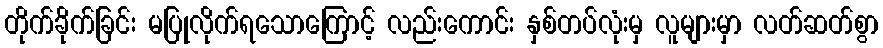
တိုက်ခိုက်ခြင်း မပြုလိုက်ရသောကြောင့် လည်းကောင်း နှစ်တပ်လုံးမှ လူများမှာ လတ်ဆတ်စွာ